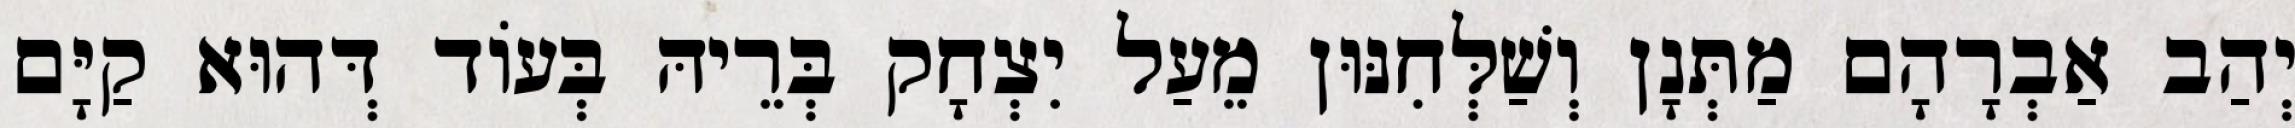
יְהַב אַבְרָהָם מַתְּנָן וְשַׁלְּחִנּוּן מֵעַל יִצְחָק בְּרֵיהּ בְּעוֹד דְּהוּא קַיָּם